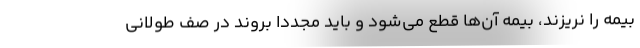
بیمه را نریزند، بیمه آن‌ها قطع می‌شود و باید مجدداً بروند در صف طولانی